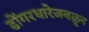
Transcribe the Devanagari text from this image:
डोंगरधारेजवळून